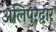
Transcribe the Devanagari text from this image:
अलिपुरद्वार